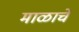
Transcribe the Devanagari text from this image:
माळाचे